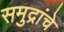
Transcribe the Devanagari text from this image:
समुद्रांचे